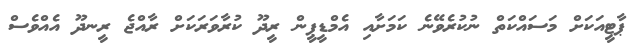
ޕާޓީއަކަށް މަސައްކަތް ނުކުރެވޭނެ ކަމަށާއި އެމްޑީޕީން ރީދޫ ކުރާވަރަކަށް ރާއްޖެ ރީނދޫ އެއްވެސް